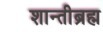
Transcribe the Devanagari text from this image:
शान्तीब्रह्म